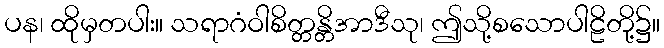
ပန၊ ထိုမှတပါး။ သရာဂံဝါစိတ္တန္တိအာဒီသု၊ ဤသို့စသောပါဠိတို့၌။